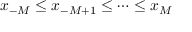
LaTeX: x _ { - M } \leq x _ { - M + 1 } \leq \cdots \leq x _ { M }